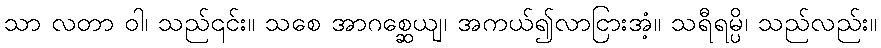
သာ လတာ ဝါ၊ သည်၎င်း။ သစေ အာဂစ္ဆေယျ၊ အကယ်၍လာငြားအံ့။ သရီရမ္ပိ၊ သည်လည်း။